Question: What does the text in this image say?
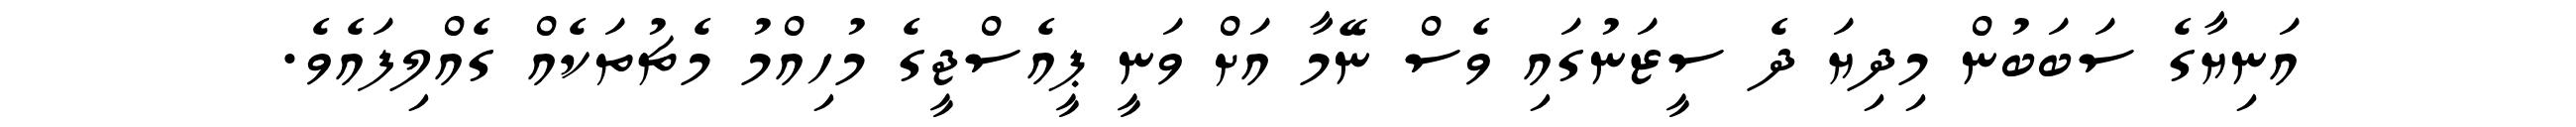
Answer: އަނިޔާގެ ސަބަބުން މިދިޔަ ދެ ސީޒަނުގައި ވެސް ނޭމާ އަށް ވަނީ ޕީއެސްޖީގެ މުހިއްމު މެޗުތަކެއް ގެއްލިފައެވެ.